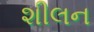
શીલન